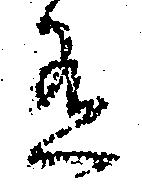
有